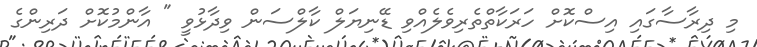
މި ދިރާސާގައި އިސްކޮށް ހަރަކާތްތެރިވެލެއްވި ޑޭނިޔަލް ކާލްސަން ވިދާޅުވީ " އާންމުކޮށް ދަރިންގެ